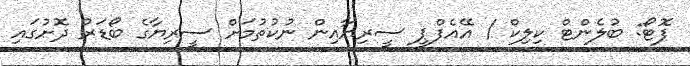
ފޮޓޯ: ބުލެންޓް ކިލިކް / އޭއެފްޕީ ސީރިޔާއިން ނުކުތުމަށް ސީރިޔާގެ ބޯޑަރު ދޮށުގައި